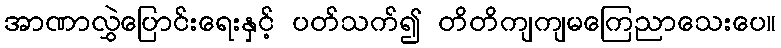
အာဏာလွှဲပြောင်းရေးနှင့် ပတ်သက်၍ တိတိကျကျမကြေညာသေးပေ။